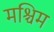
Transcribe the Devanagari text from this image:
मश्चिम